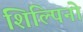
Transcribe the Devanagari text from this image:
शिल्पिनो